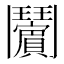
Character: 𱆉